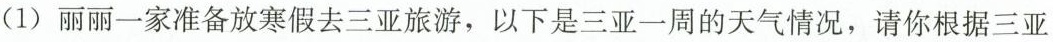
(1)丽丽一家准备放寒假去三亚旅游，以下是三亚一周的天气情况，请你根据三亚